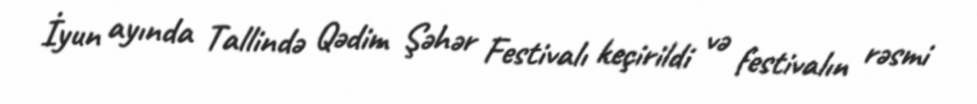
İyun ayında Tallində Qədim Şəhər Festivalı keçirildi və festivalın rəsmi